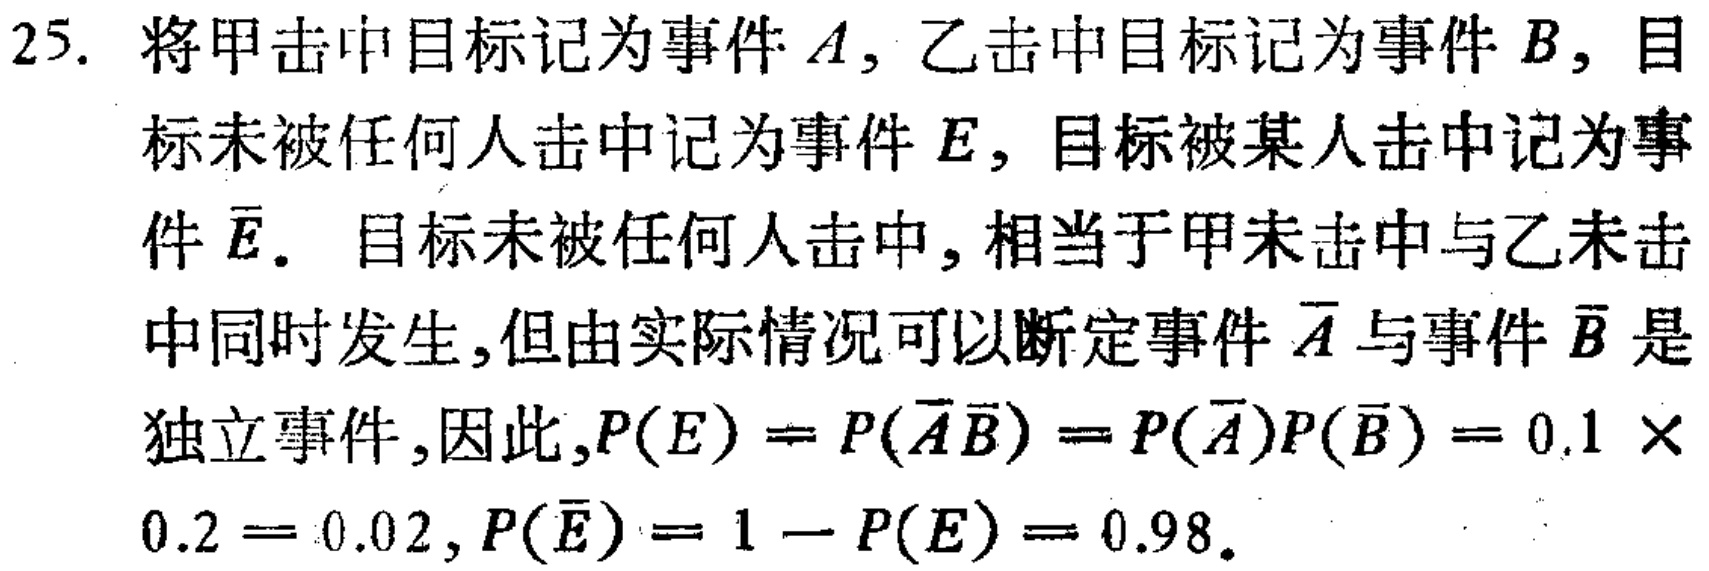
25. 将甲击中目标记为事件\(A\)，乙击中目标记为事件\(B\)，目标未被任何人击中记为事件\(E\)，目标被某人击中记为事件\(\overline{E}\)。目标未被任何人击中，相当于甲未击中与乙未击中同时发生，但由实际情况可以断定事件\(\overline{A}\)与事件\(\overline{B}\)是独立事件，因此，\(P(E)=P(\overline{A}\overline{B}) = P(\overline{A})P(\overline{B})=0.1\times0.2 = 0.02\)，\(P(\overline{E})=1 - P(E)=0.98\)。